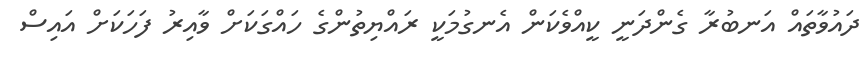
ދައުވާތައް އަނބުރާ ގެންދަނީ ކީއްވެކަން އެނގުމަކީ ރައްޔިތުންގެ ހައްގަކަށް ވާއިރު ފަހަކަށް އައިސް